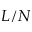
L / N